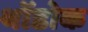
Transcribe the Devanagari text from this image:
थोंडोक